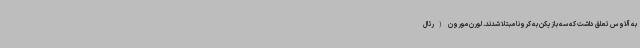
به آلاوس تعلق داشت که سه بازیکن به کرونا مبتلا شدند. لورن مورون (رئال